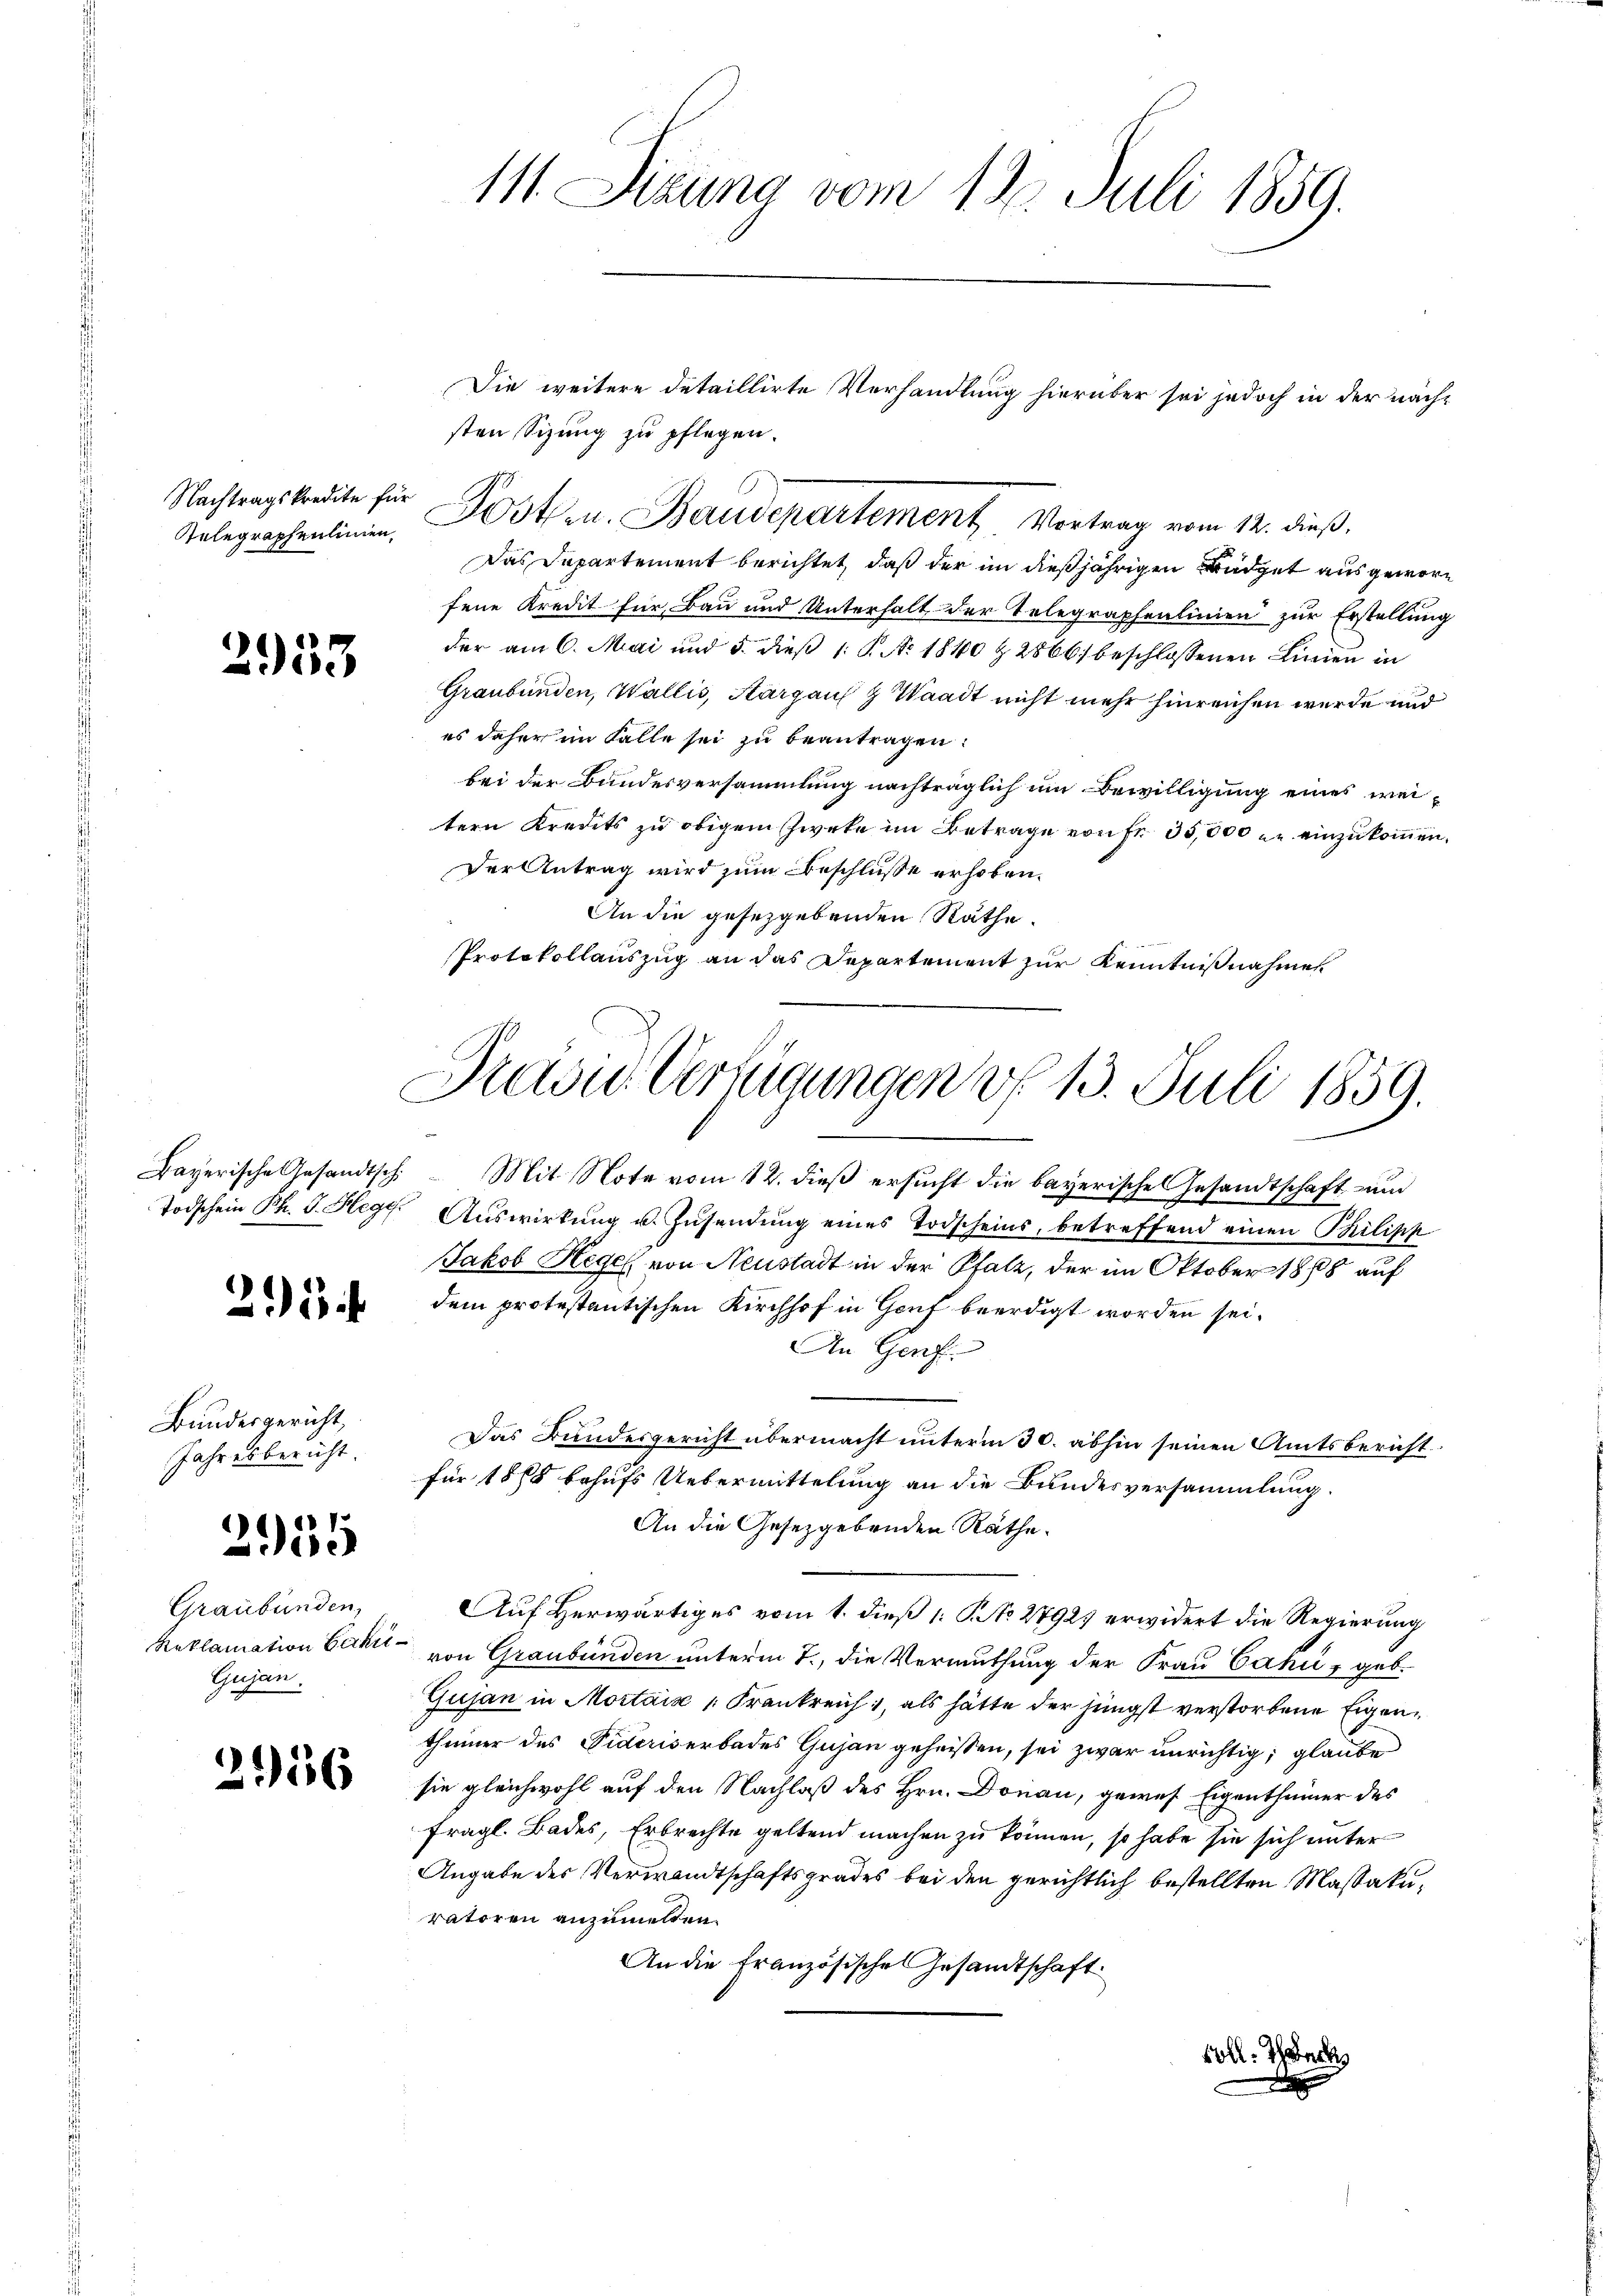
Nachtragskredite für
Relegraphenlinien,

253

213

Bundesgericht,
Jahresbericht

Graubünden,
Reklamation Bahn
Gujan.

1

259

16

111. Sizung vom 13. Juli 1859.

sten Sizung zu pflegen.
Das Departement berichtet, daß der in dießjährigen Budget aus geworfene Kredit für Bau und Unterhalt der Telegraphenlinien zur Erstellung
der am 6. Mai und 5. dieβ 1 S. Ao 1840 & 2866) beschlossenen Linien in
Graubünden, Wallis, Aargau & Waadt nicht mehr hinreichen wurde und
es daher im Falle sei zu beantragen:
bei der Bundesversammlung nachträglich um Bewilligung eines weitern Kredets zu obigem Zweke im Betrage von Fr. 35,000 u. einzukommen,
Der Antrag wird zum Beschluße erhoben.
An die gesezgebenden Räthe.
Protokollauszug an das Departement zur Kenntnißnahmen

Fosten. Baudepartement, Vortrag vom 12. dieß,

Die weitere detaillirte Verhandlung hierüber sei jedoch in der näch¬

Preise Verfügungen d. 13. Juli 1859.

Bayerische Gesandtsch. Mit Note vom 12. dieß ersucht die bayerische Gesandtschaft un
Todschein Bh. J. Hege. Auswirkŭng u. Zŭsendŭng eines Todscheins, betreffend einen Philipp
Jakob Regel von Neustadt in der Pfalz, der im Oktober 1868 auf
dem protestantischen Kirchhof in Genf beerdigt worden sei.
An Genf
Das Bundesgericht übermacht unterm 30. abhin seinen Amtsbericht
für 1878 behufs Uebermittelung an die Bundesversammlung.
An die Gesetzgebenden Räthe.
Auf Herwärtiges vom 1. dieß 1 S. No 2792 erwidert die Regierung
2
von Graubünden unterm 7. die Vermuthung der Frau Cahi, geb.
Gujan in Mortais Frankreich, als hätte der jüngst verstorbene Eigenthümer des Fideriserbades Gujan geheissen, sei zwar unrichtig; glaube
sie gleichwohl auf den Nachlaß des Hrn. Donau, gewes Eigenthümer des
fragl. Bades, Erbrechte geltend machen zu können, so habe sie sich unter
Angabe des Verwandtschaftsgrades bei den gerichtlich bestellten Maßakuratoren anzumelten.
An die Französische Gesandtschaft
voll. Hanck

d